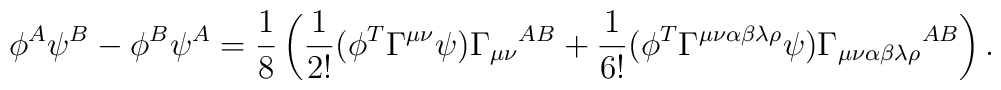
\phi^{A}\psi^{B}-\phi^{B}\psi^{A}=\frac{1}{8}\left(\frac{1}{2!}(\phi^{T}\Gamma^{\mu\nu}\psi){\Gamma_{\mu\nu}}^{AB}+\frac{1}{6!}(\phi^{T}\Gamma^{\mu\nu\alpha\beta\lambda\rho}\psi){\Gamma_{\mu\nu\alpha\beta\lambda\rho}}^{AB}\right).